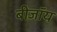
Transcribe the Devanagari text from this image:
बीजॉय